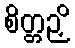
စိတ္တဉှိ